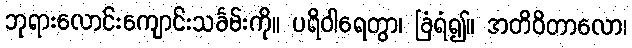
ဘုရားလောင်းကျောင်းသင်္ခမ်းကို။ ပရိဝါရေတွာ၊ ခြံရံ၍။ အတိဝိတာလော၊